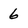
Character: 6